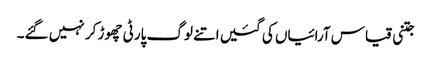
جتنی قیاس آرائیاں کی گئیں اتنے لوگ پارٹی چھوڑ کر نہیں گئے۔